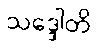
သဒ္ဒေါတိ